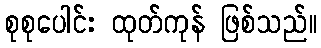
စုစုပေါင်း ထုတ်ကုန် ဖြစ်သည်။